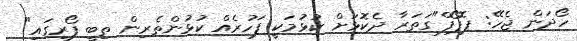
ހޯދަން ޖެހޭ: ޕޮޕޯފް"ގަތަރާ ދެކޮޅަށް ކުޅުމަކީ ފަހުރެއް ކުޅުންތެރިން ތިބީ ފޯރީގައި"